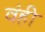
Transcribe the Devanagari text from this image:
वंही